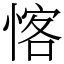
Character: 愘